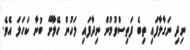
ނިދި ނަގާލާފައި ތިބެ ފަތިސްވުމުން ނިދާފައި ލަހުން ހޭލާށޭ ބުނާ ކަހަލަ އެވެ.